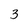
Character: 3